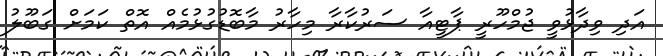
އަދި ވިދާޅުވީ ޖުމްހޫރީ ޕާޓީއާ ސަރުކާރާ މިހާރު މާބޮޑުގުޅުމެއް އޮތް ކަމަށް ގަބޫލު